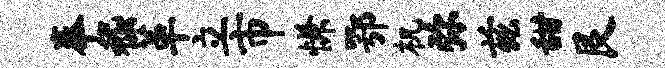
奉嵇革立市慊鄂机弥兹甜艮